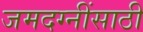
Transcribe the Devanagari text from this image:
जमदग्नींसाठी